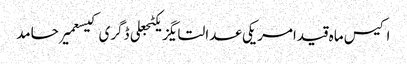
اکیس ماہ قیدامریکی عدالتایگزیکٹجعلی ڈگری کیسعمیر حامد